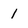
Character: 1